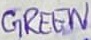
Text: GREEN